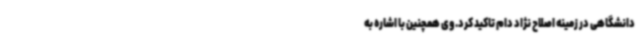
دانشگاهی در زمینه اصلاح نژاد دام تاکید کرد. وی همچنین با اشاره به